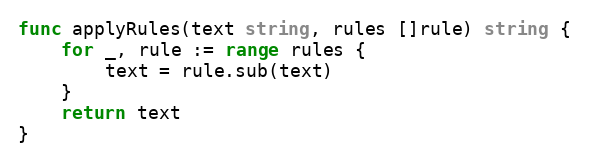
Language: Go
func applyRules(text string, rules []rule) string {
	for _, rule := range rules {
		text = rule.sub(text)
	}
	return text
}